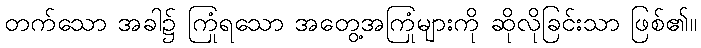
တက်သော အခါ၌ ကြုံရသော အတွေ့အကြုံများကို ဆိုလိုခြင်းသာ ဖြစ်၏။